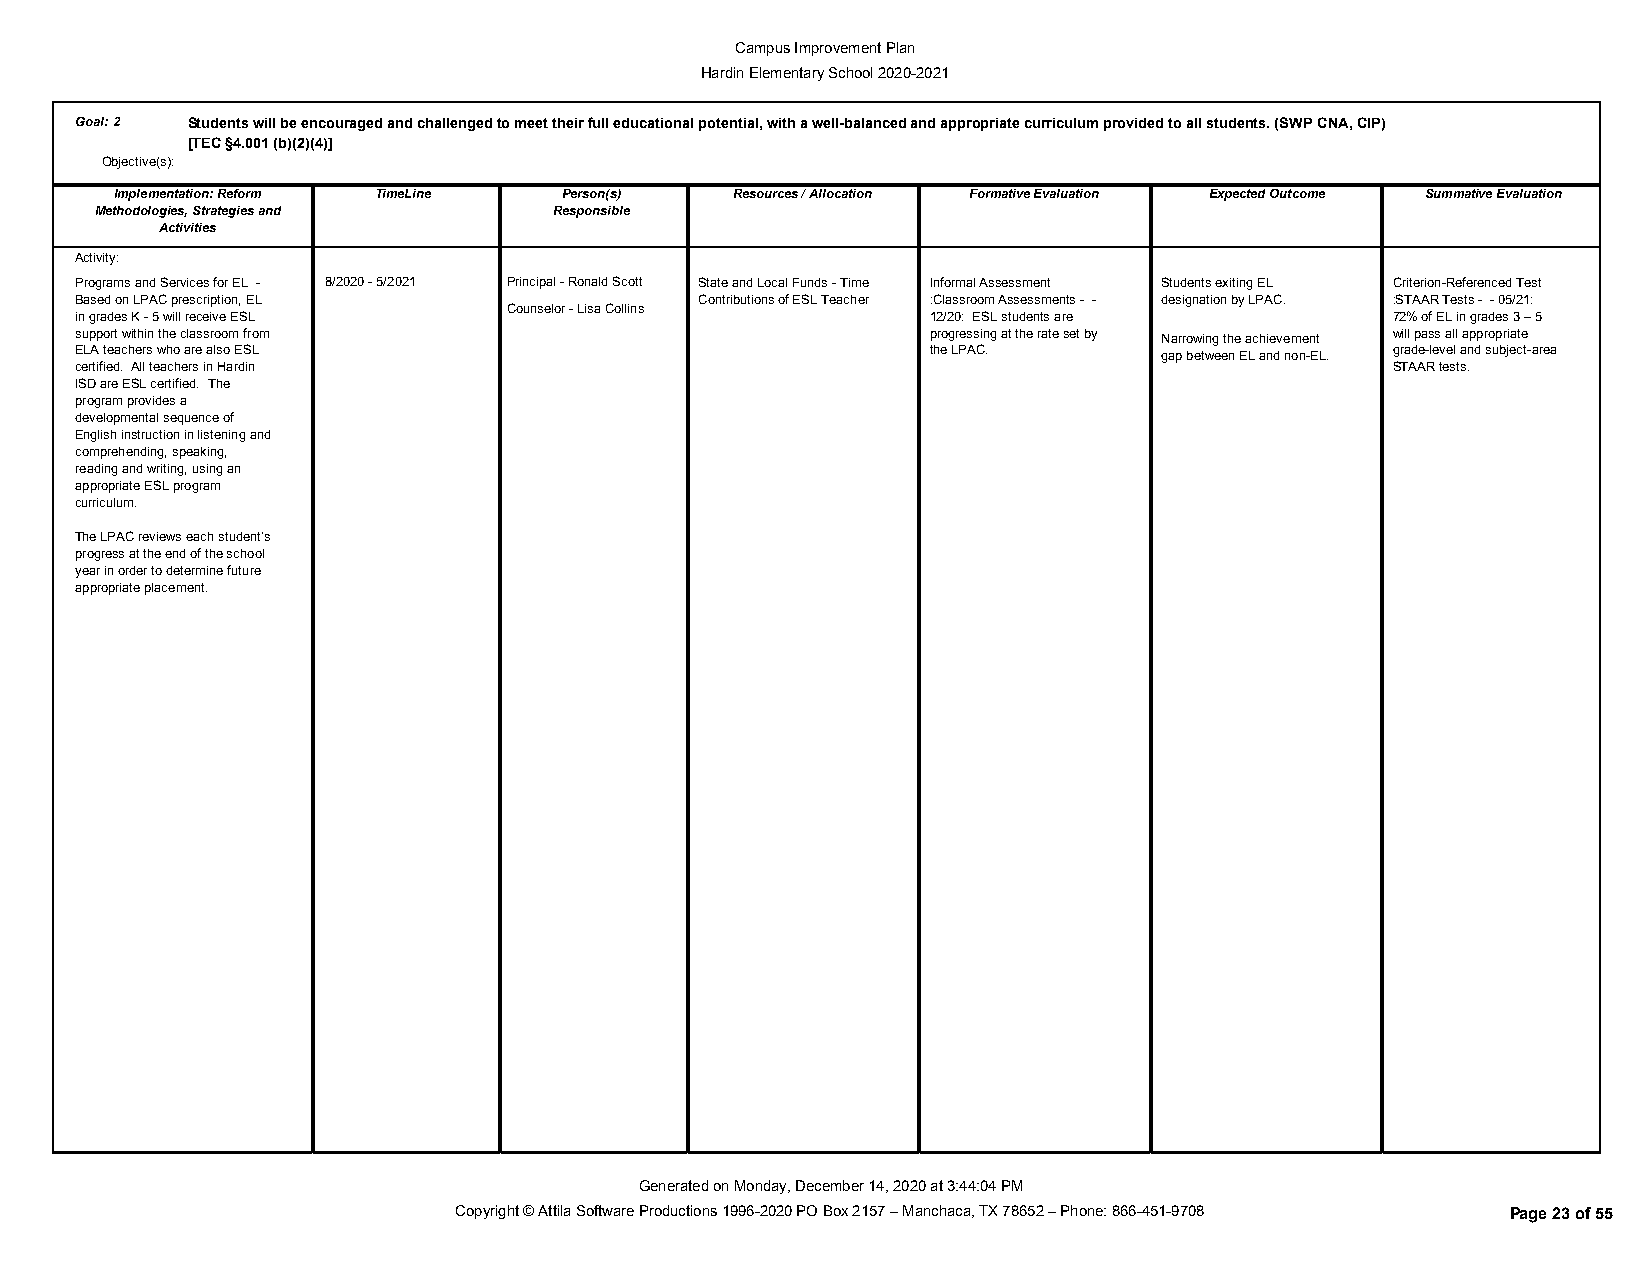
Campus Improvement Plan
 Hardin Elementary School 2020-2021
 Goal:2 Students will be encouraged and challenged to meet their full educational potential, with a well-balanced and appropriate curriculum provided to all students. (SWP CNA, CIP)
 [TEC §4.001 (b)(2)(4)]
 Objective(s):
 Implementation: Reform TimeLine Person(s) Resources / Allocation Formative Evaluation Expected Outcome Summative Evaluation
 Methodologies, Strategies and  Responsible
 Activities
 Activity:
 Programs and Services for EL - 8/2020 - 5/2021 Principal - Ronald Scott State and Local Funds - Time Informal Assessment Students exiting EL Criterion-Referenced Test
 Based on LPAC prescription, EL           Contributions of ESL Teacher :Classroom Assessments - - designation by LPAC. :STAAR Tests - - 05/21:
 Counselor - Lisa Collins
 in grades K - 5 will receive ESL                         12/20: ESL students are       72% of EL in grades 3 – 5
 support within the classroom from                        progressing at the rate set by Narrowing the achievement will pass all appropriate
 ELA teachers who are also ESL                            the LPAC.      gap between EL and non-EL. grade-level and subject-area
 certified. All teachers in Hardin                                                      STAAR tests.
 ISD are ESL certified. The
 program provides a
 developmental sequence of
 English instruction in listening and
 comprehending, speaking,
 reading and writing, using an
 appropriate ESL program
 curriculum.
 The LPAC reviews each student’s
 progress at the end of the school
 year in order to determine future
 appropriate placement.
 Generated on Monday, December 14, 2020 at 3:44:04 PM
 Copyright © Attila Software Productions 1996-2020 PO Box 2157 – Manchaca, TX 78652 – Phone: 866-451-9708 Page 23 of 55